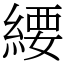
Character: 䌁